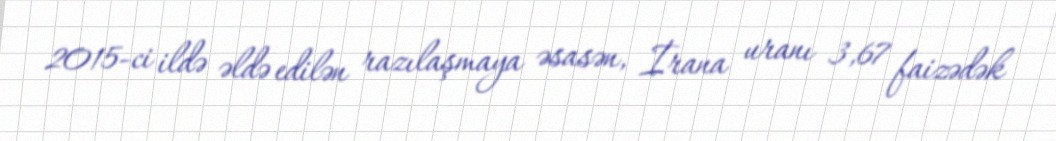
2015-ci ildə əldə edilən razılaşmaya əsasən, İrana uranı 3,67 faizədək